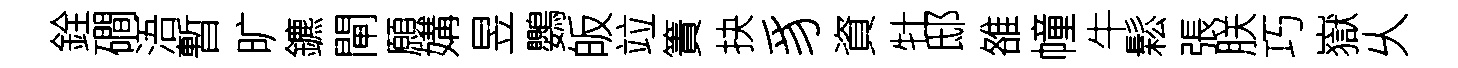
銓磵浯暫旷鑣閘願媾昱鸚皈竝簀抉豸資牡邸雒幢牛鬆張朕巧嶽乆